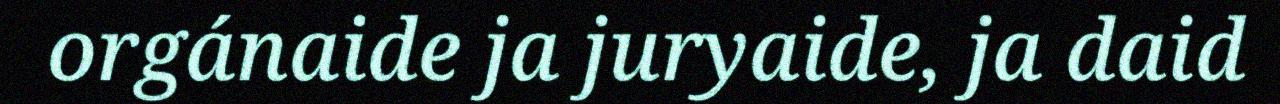
orgánaide ja juryaide, ja daid